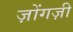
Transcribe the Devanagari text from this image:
ज़ोंगज़ी